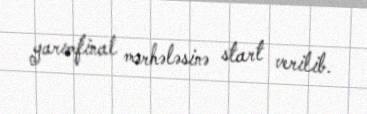
yarımfinal mərhələsinə start verilib.